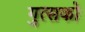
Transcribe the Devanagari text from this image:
गुत्सको